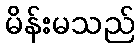
မိန်းမသည်